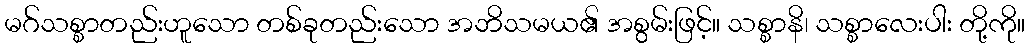
မဂ်သစ္စာတည်းဟူသော တစ်ခုတည်းသော အဘိသမယ၏ အစွမ်းဖြင့်။ သစ္စာနိ၊ သစ္စာလေးပါး တို့ကို။